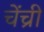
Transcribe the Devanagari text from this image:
चेंच्री